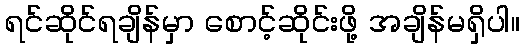
ရင်ဆိုင်ရချိန်မှာ စောင့်ဆိုင်းဖို့ အချိန်မရှိပါ။